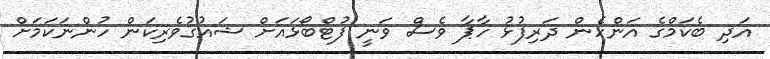
އަދި ބެކަމްގެ އަންހެން ދަރިފުޅު ހާޕާ ވެސް ވަނީ ފުޓްބޯޅައަށް ޝައުގުވެރިކަން ހުންނަކަމަށް